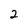
Character: 2